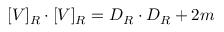
[ V ] _ { R } \cdot [ V ] _ { R } = D _ { R } \cdot D _ { R } + 2 m